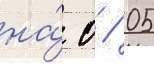
на́ 0 / 05